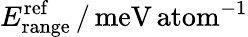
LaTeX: E_{\mathrm{range}}^{\mathrm{ref}}\, /\, \mathrm{meV\, atom}^{-1}